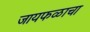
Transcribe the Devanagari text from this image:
जायफळाचा